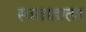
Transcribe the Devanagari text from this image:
स्वताहाला